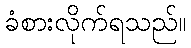
ခံစားလိုက်ရသည်။